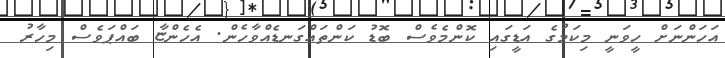
އަހަންނަށް ހީވަނީ މިކަމުގެ އަޑީގައި ކޮންމެވެސް ބޮޑު ކަންތައްގަނޑެއްވާހެން. އެހެންޏާ ބައްޕަވެސް މިހާރު